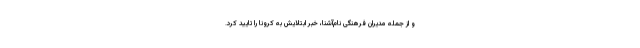
و از جمله مدیران فرهنگی نام‌آشنا، خبر ابتلایش به کرونا را تایید کرد.